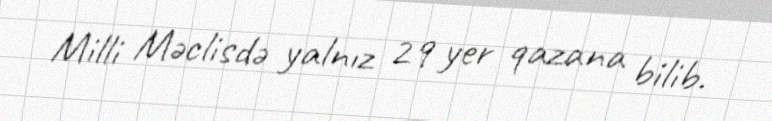
Milli Məclisdə yalnız 29 yer qazana bilib.